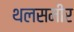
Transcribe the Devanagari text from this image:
थलसमीर